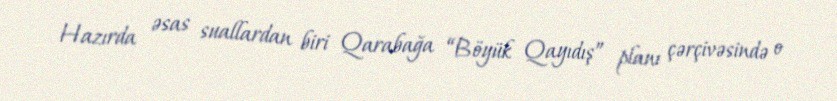
Hazırda əsas suallardan biri Qarabağa “Böyük Qayıdış” planı çərçivəsində o